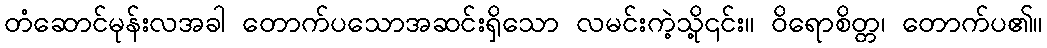
တံဆောင်မုန်းလအခါ တောက်ပသောအဆင်းရှိသော လမင်းကဲ့သို့၎င်း။ ဝိရောစိတ္တ၊ တောက်ပ၏။